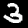
Label: 3